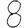
Digit: 8